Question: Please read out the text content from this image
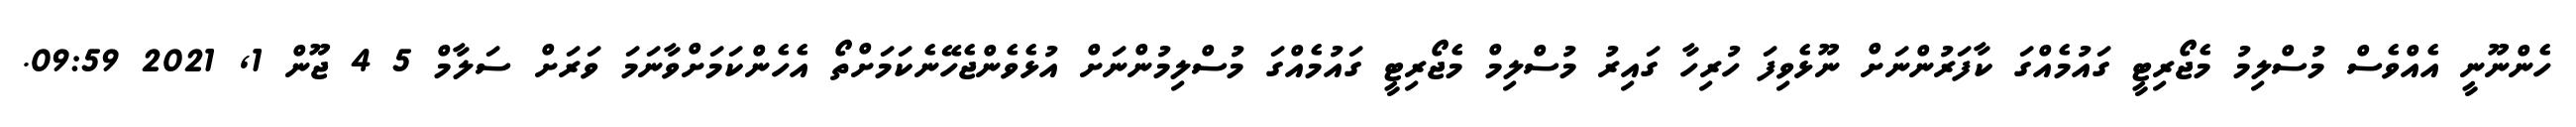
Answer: ހެންނޫނީ އެއްވެސް މުސްލިމު މެޖޯރިޓީ ގައުމެއްގަ ކާފަރުންނަށް ނޫޅެވިފަ ހުރިހާ ގައިރު މުސްލިމް މެޖޯރިޓީ ގައުމެއްގަ މުސްލިމުންނަށް އުޅެވެންޖެހޭނެކަމަށްތޯ އެހެންކަމަށްވާނަމަ ވަރަށް ސަލާމް 5 4 ޖޫން 1, 2021 09:59.